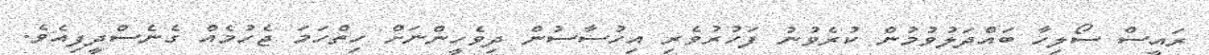
ރައީސް ސޯލިހާ ބައްދަލުވުމުން ކުރެވުނު ފަހުރުވެރި އިހުސާސުން ދިވެހީންނަށް ހިތްހަމަ ޖެހުމެއް ގެނެސްދީފިއެވެ.